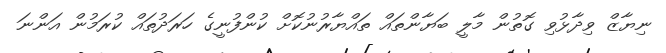
ނިޔާޒް ވިދާޅުވި ގޮތުން މާލީ ބަޔާންތައް ތައްޔާރުނުކޮށް ކުންފުނީގެ ހަރަދުތައް ކުރަމުން އަންނަ